Report on inoculation in the plague infected areas of the Punjab and its dependencies from October 1900 to September 1901
Year: 1900
Disease focus: Plague
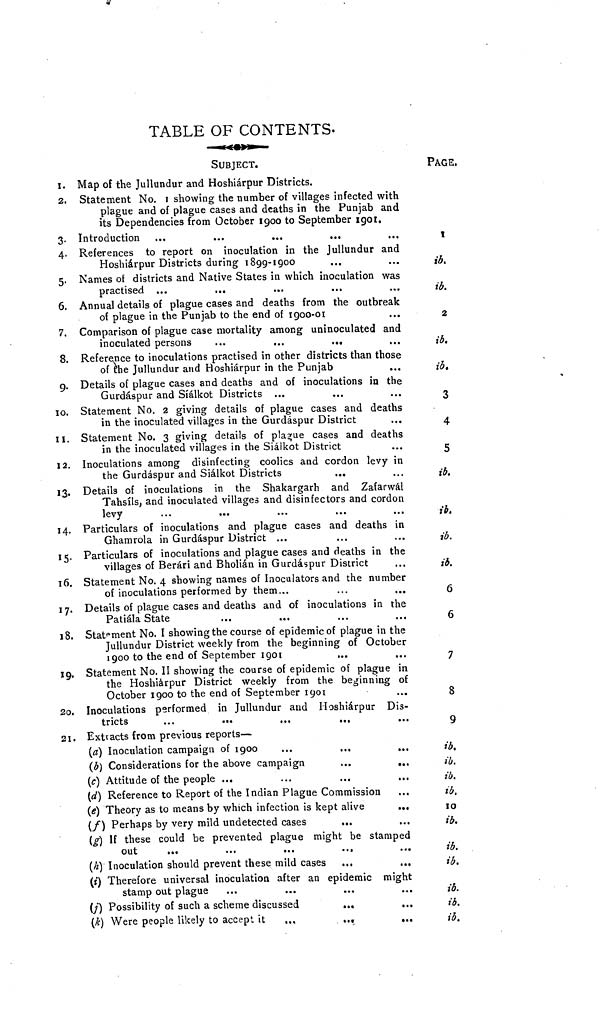
TABLE OF CONTENTS.
SUBJECT.
I. Map of the Jullundur and Hoshiárpur Districts.
2. Statement No. showing the number of villages infected with
plague and of plague cases and deaths in the Punjab and
its Dependencies from October 1900 to September 1901.
3. Introduction ...
...
4. References to report on inoculation in the Jullundur and
Hoshiarpur Districts during 1899-1900
5. Names of districts and Native States in which inoculation was
practised ...
...
6. Annual details of plague cases and deaths from the outbreak
of plague in the Punjab to the end of 1900-01
7, Comparison of plague case mortality among uninoculated and
inoculated persons
...
...
...
8. Reference to inoculations practised in other districts than those
of the Jullundur and Hoshiárpur in the Punjab
9. Details of plague cases and deaths and of inoculations in the
Gurdáspur and Síálkot Districts ...
10. Statement No. 2 giving details of plague cases and deaths
in the inoculated villages in the Gurdaspur District
11. Statement No. 3 giving details of plague cases and deaths
in the inoculated villages in the Siálkot District
12. Inoculations among disinfecting coolies and cordon levy in
the Gurdáspur and Siálkot Districts
13. Details of inoculations in the Shakargarh and Zafarwál
Tahsíls, and inoculated villages and disinfectors and cordon
levy
14. Particulars of inoculations and plague cases and deaths in
Ghamrola in Gurdáspur District ...
15. Particulars of inoculations and plague cases and deaths in the
villages of Berári and Bholián in Gurdáspur District
16. Statement No. 4 showing names of Inoculators and the number
of inoculations performed by them...
...
...
17. Details of plague cases and deaths and of inoculations in the
Patiála State
18. Statement No. I showing the course of epidemic of plague in the
Jullundur District weekly from the beginning of October
1900 to the end of September 1901
19. Statement No. II showing the course of epidemic of plague in
the Hoshiarpur District weekly from the beginning of
October 1900 to the end of September 1901
2o. Inoculations performed in Jullundur and Hoshiárpur Dis-
tricts
...
...
...
...
21. Extracts from previous reports —
(a) Inoculation campaign of 1900
(b) Considerations for the above campaign
...
...
(c) Attitude of the people ...
(d) Reference to Report of the Indian Plague Commission
(e) Theory as to means by which infection is kept alive
...
(f) Perhaps by very mild undetected cases
...
(g) If these could be prevented plague might be stamped
out
(h) Inoculation should prevent these mild cases ...
...
(i) Therefore universal inoculation after an epidemic might
stamp out plague
(j) Possibility of such a scheme discussed
...
(k) Were people likely to accept it
...
...
...
PAGE.
\
ib.
ib.
2
ib.
ib.
3
4
5
ib.
ib.
ib.
ib.
6
6
7
8
9
ib.
ib.
ib.
ib.
10
ib.
ib.
ib.
ib.
ib.
ib.